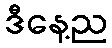
ဒီနေ့ည